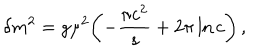
\delta m ^ { 2 } = g \mu ^ { 2 } \biggl ( - \frac { \pi c ^ { 2 } } { s } + 2 \pi \ln c \biggr ) \, ,